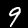
Label: 9